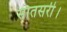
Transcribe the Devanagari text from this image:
सातसरी।